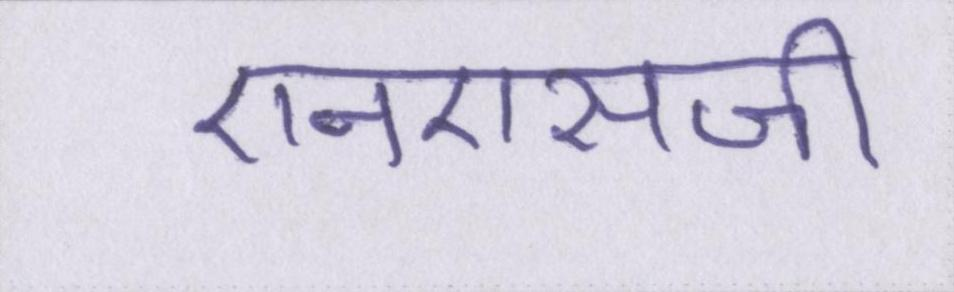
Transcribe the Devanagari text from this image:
एनएसजी